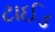
ટાઈડ